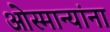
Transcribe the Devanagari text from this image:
ओस्मान्यांना